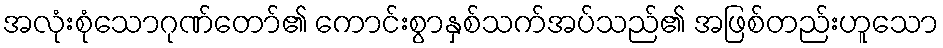
အလုံးစုံသောဂုဏ်တော်၏ ကောင်းစွာနှစ်သက်အပ်သည်၏ အဖြစ်တည်းဟူသော